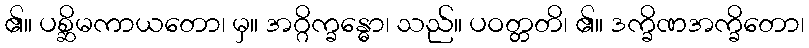
၏။ ပစ္ဆိမကာယတော၊ မှ။ အဂ္ဂိက္ခန္ဓော၊ သည်။ ပဝတ္တတိ၊ ၏။ ဒက္ခိဏအက္ခိတော၊